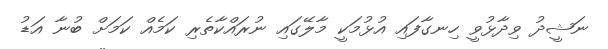
ނަޝީދު ވިދާޅުވީ ހިނގާފައި އުޅުމަކީ މާލޭގައި ނުރައްކާތެރި ކަމެއް ކަމަށް ބުނާ އަޑު